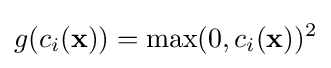
g(c_{i}(\mathbf {x} ))=\max(0,c_{i}(\mathbf {x} ))^{2}